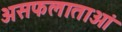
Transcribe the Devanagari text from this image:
असफलाताओं